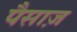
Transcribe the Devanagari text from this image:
पैसाज़